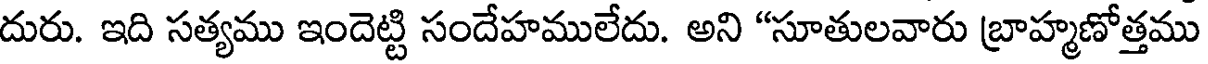
దురు. ఇది సత్యము ఇందెట్టి సందేహములేదు. అని "సూతులవారు బ్రాహ్మణోత్తము